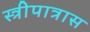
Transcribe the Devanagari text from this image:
स्त्रीपात्रास